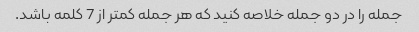
جمله را در دو جمله خلاصه کنید که هر جمله کمتر از 7 کلمه باشد.